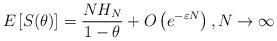
LaTeX: \begin{align*}E\left[ S(\theta) \right] = \frac{N H_N}{1 - \theta} + O\left(e^{-\varepsilon N}\right),N \to \infty\end{align*}